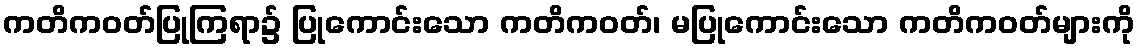
ကတိကဝတ်ပြုကြရာ၌ ပြုကောင်းသော ကတိကဝတ်၊ မပြုကောင်းသော ကတိကဝတ်များကို